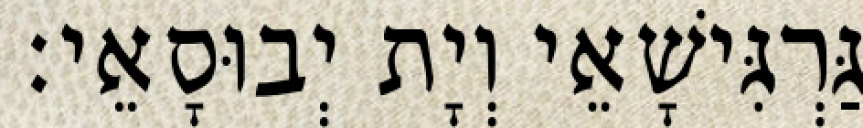
גַּרְגִּישָׁאֵי וְיָת יְבוּסָאֵי׃